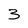
Character: 3